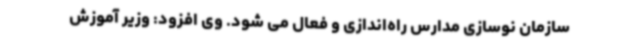
سازمان نوسازی مدارس راه‌اندازی و فعال می شود. وی افزود: وزیر آموزش